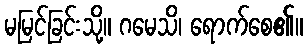
မမြင်ခြင်းသို့။ ဂမေသိ၊ ရောက်စေ၏။